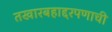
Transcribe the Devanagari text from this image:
तखारबहाद्दरपणाची